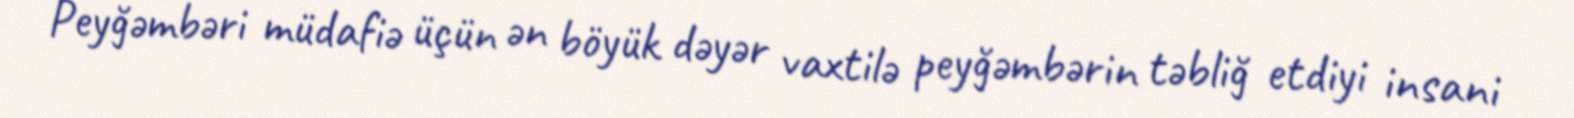
Peyğəmbəri müdafiə üçün ən böyük dəyər vaxtilə peyğəmbərin təbliğ etdiyi insani